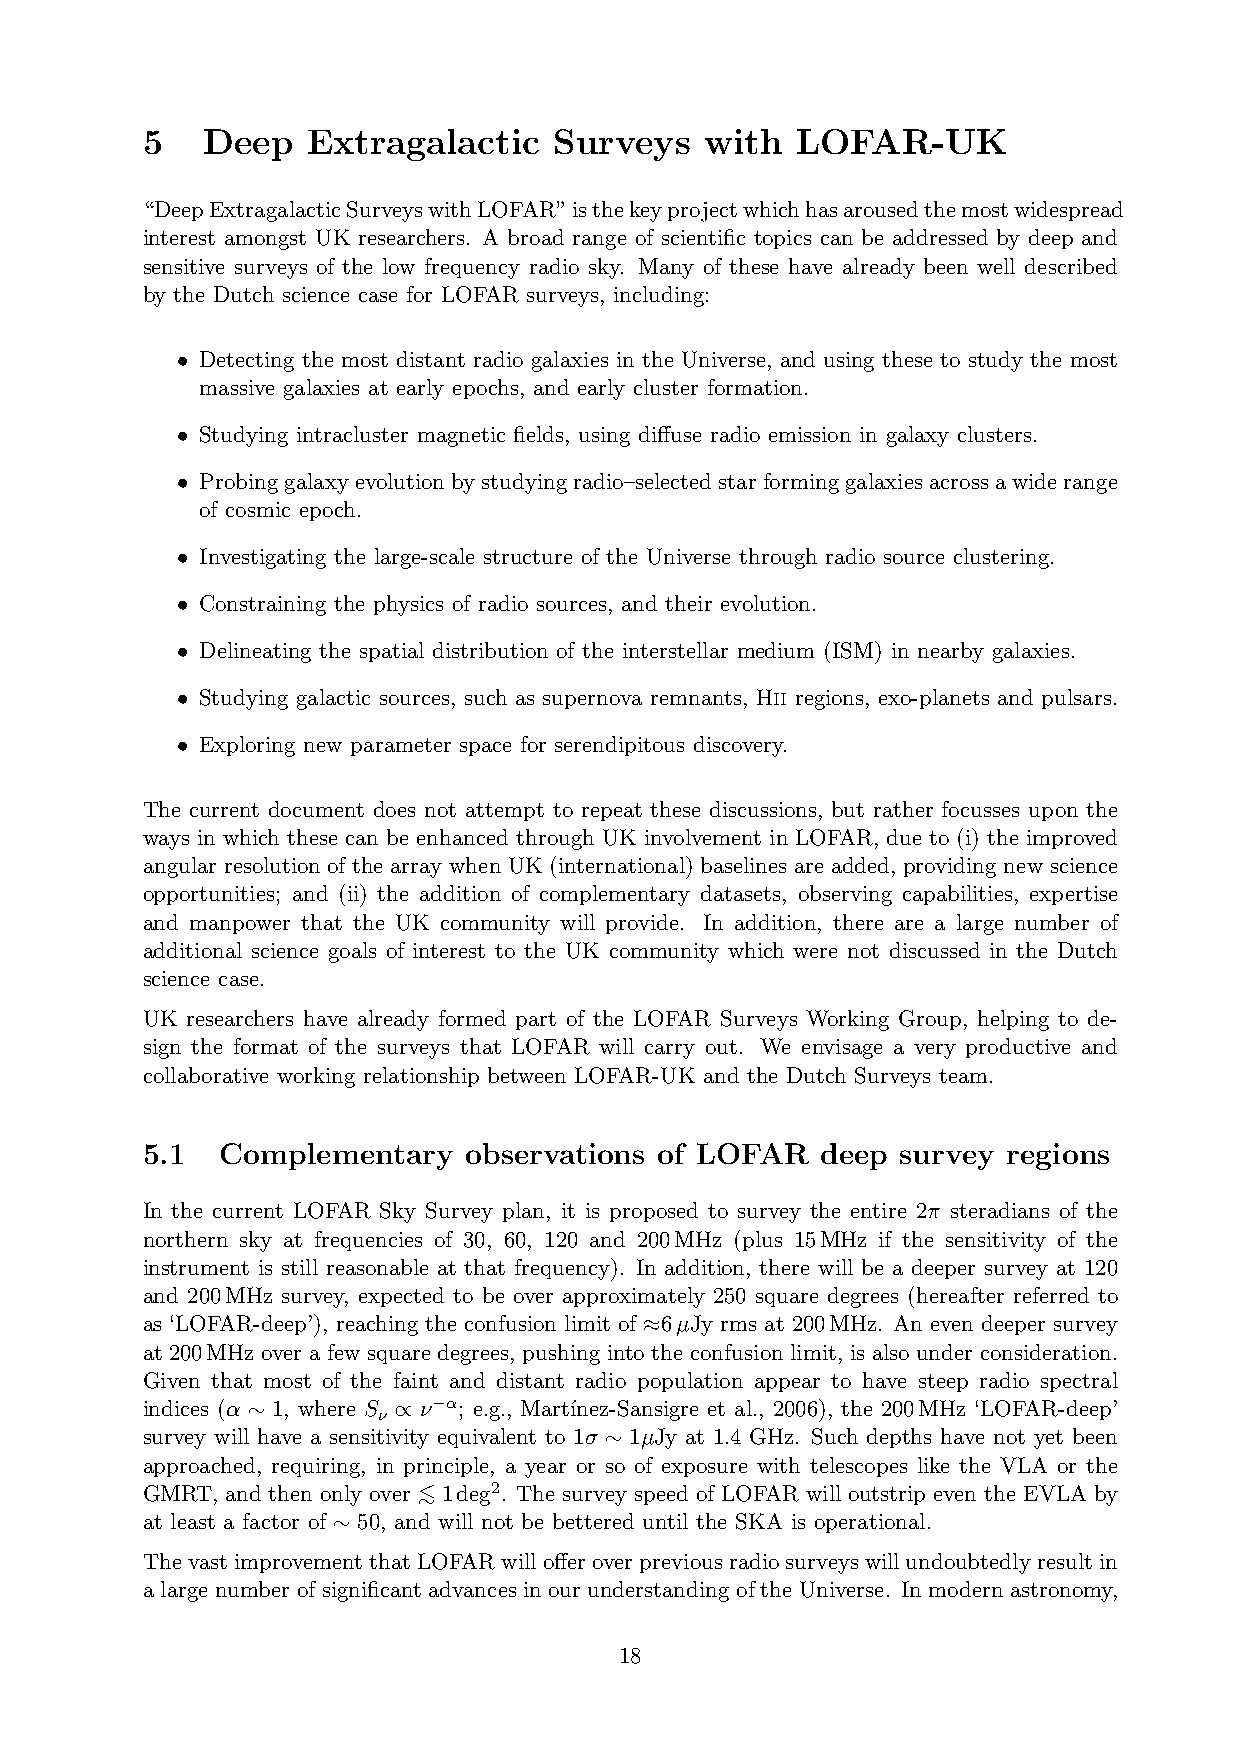
5   Deep   Extragalactic    Surveys   with  LOFAR-UK
 “DeepExtragalacticSurveyswithLOFAR”isthekeyprojectwhichhasarousedthemostwidespread
 interest amongst UK researchers. A broad range of scientific topics can be addressed by deep and
 sensitive surveys of the low frequency radio sky. Many of these have already been well described
 by the Dutch science case for LOFAR surveys, including:
 Detecting the most distant radio galaxies in the Universe, and using these to study the most
 •
 massive galaxies at early epochs, and early cluster formation.
 Studying intracluster magnetic fields, using diffuse radio emission in galaxy clusters.
 •
 Probinggalaxyevolutionbystudyingradio–selectedstarforminggalaxiesacrossawiderange
 •
 of cosmic epoch.
 Investigating the large-scale structure of the Universe through radio source clustering.
 •
 Constraining the physics of radio sources, and their evolution.
 •
 Delineating the spatial distribution of the interstellar medium (ISM) in nearby galaxies.
 •
 Studying galactic sources, such as supernova remnants, Hii regions, exo-planets and pulsars.
 •
 Exploring new parameter space for serendipitous discovery.
 •
 The current document does not attempt to repeat these discussions, but rather focusses upon the
 ways in which these can be enhanced through UK involvement in LOFAR, due to (i) the improved
 angular resolution of the array when UK (international) baselines are added, providing new science
 opportunities; and (ii) the addition of complementary datasets, observing capabilities, expertise
 and manpower that the UK community will provide. In addition, there are a large number of
 additional science goals of interest to the UK community which were not discussed in the Dutch
 science case.
 UK researchers have already formed part of the LOFAR Surveys Working Group, helping to de-
 sign the format of the surveys that LOFAR will carry out. We envisage a very productive and
 collaborative working relationship between LOFAR-UK and the Dutch Surveys team.
 5.1   Complementary   observations of LOFAR  deep  survey regions
 In the current LOFAR Sky Survey plan, it is proposed to survey the entire 2π steradians of the
 northern sky at frequencies of 30, 60, 120 and 200MHz (plus 15MHz if the sensitivity of the
 instrument is still reasonable at that frequency). In addition, there will be a deeper survey at 120
 and 200MHz survey, expected to be over approximately 250 square degrees (hereafter referred to
 as ‘LOFAR-deep’), reaching the confusion limit of 6µJy rms at 200MHz. An even deeper survey
 ≈
 at 200MHz over a few square degrees, pushing into the confusion limit, is also under consideration.
 Given that most of the faint and distant radio population appear to have steep radio spectral
 indices (α 1, where S ν−α; e.g., Mart´ınez-Sansigre et al., 2006), the 200MHz ‘LOFAR-deep’
 ν
 ∼         ∝
 survey will have a sensitivity equivalent to 1σ 1µJy at 1.4 GHz. Such depths have not yet been
 ∼
 approached, requiring, in principle, a year or so of exposure with telescopes like the VLA or the
 GMRT, and then only over < 1deg2. The survey speed of LOFAR will outstrip even the EVLA by
 at least a factor of 50, an∼d will not be bettered until the SKA is operational.
 ∼
 ThevastimprovementthatLOFARwillofferoverpreviousradiosurveyswillundoubtedlyresultin
 a large number of significant advances in our understanding of the Universe. In modern astronomy,
 18